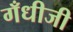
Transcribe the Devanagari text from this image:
गँधीजी